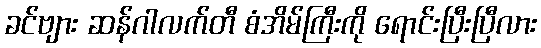
ခင်ဗျား ဆန်ဂါလက်တီ စံအိမ်ကြီးကို ရောင်းပြီးပြီလား